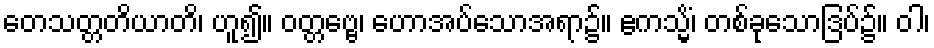
တေသတ္တတိယာတိ၊ ဟူ၍။ ဝတ္တဗ္ဗေ၊ ဟောအပ်သောအရာ၌။ ဧကသ္မိံ၊ တစ်ခုသောဒြပ်၌။ ဝါ၊